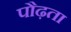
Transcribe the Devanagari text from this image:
पौढ़ता